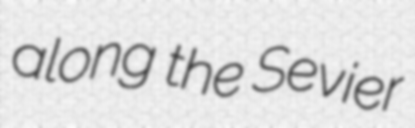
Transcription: along the Sevier